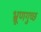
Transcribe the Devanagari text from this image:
भ्रूणगुच्छ